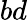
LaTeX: bd